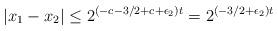
LaTeX: \begin{align*}|x_1-x_2|\le 2^{(-c-3/2+c+\epsilon_2)t} = 2^{(-3/2+\epsilon_2)t}\end{align*}